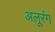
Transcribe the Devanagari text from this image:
अलूरंग